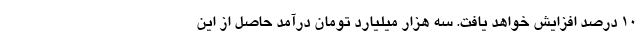
۱۰ درصد افزایش خواهد یافت. سه هزار میلیارد تومان درآمد حاصل از این